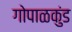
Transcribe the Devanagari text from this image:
गोपाळकुंड